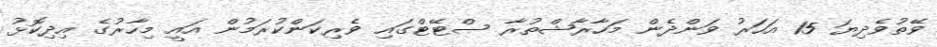
ވޭތުވެދިޔަ 15 އަހަރު ވަންދެން މަހާރާޝްތުރާ ސްޓޭޓްގައި ވެރިކަންކުރަމުން އައީ މިހާރުގެ އިދިކޮޅު